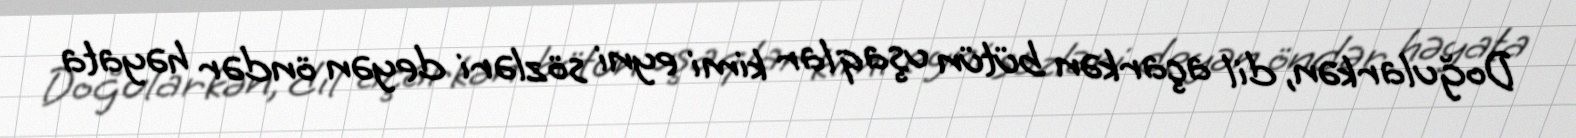
Doğularkən, dil açarkən bütün uşaqlar kimi eyni sözləri deyən öndər həyata